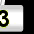
Digit: 3